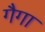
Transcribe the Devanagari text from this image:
गैगा